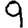
Digit: 9